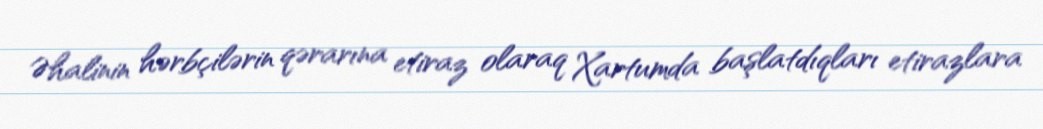
Əhalinin hərbçilərin qərarına etiraz olaraq Xartumda başlatdıqları etirazlara